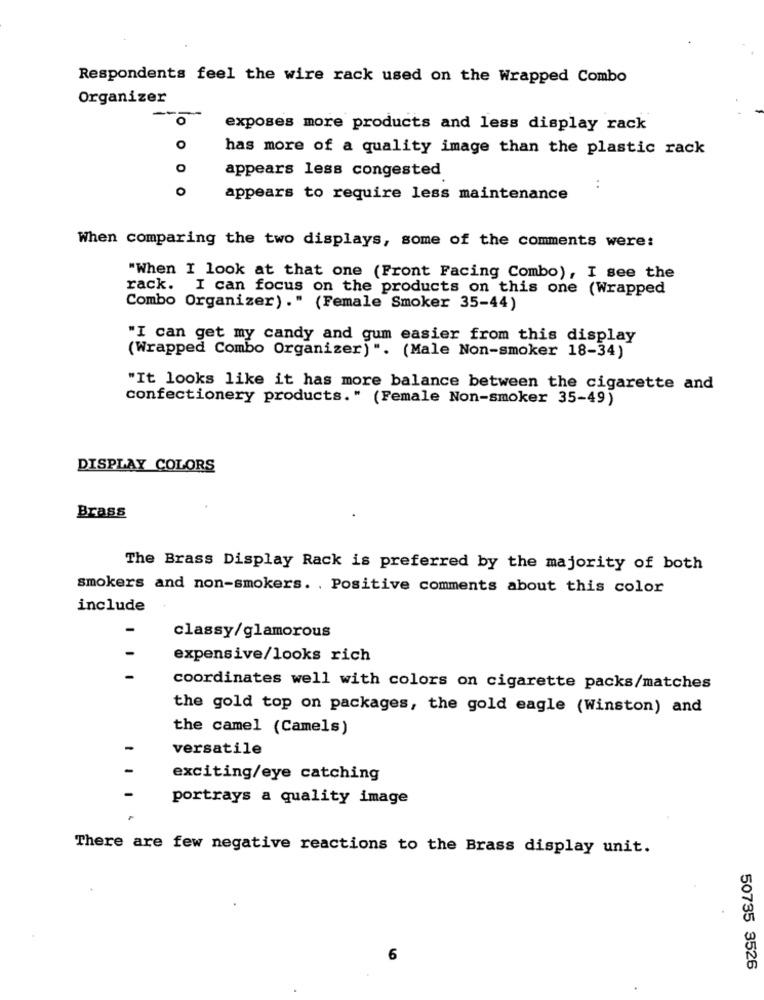
Respondents feel the wire rack used on the Wrapped Combo
Organizer
--
O
exposes more products and less display rack
O
has more of a quality image than the plastic rack
O
appears less congested
O
:
appears to require less maintenance
When comparing the two displays, some of the comments were:
"When I look at that one (Front Facing Combo), I see the
rack. I can focus on the products on this one (Wrapped
Combo Organizer)." (Female Smoker 35-44)
"I can get my candy and gum easier from this display
(Wrapped Combo Organizer) ". (Male Non-smoker 18-34)
"It looks like it has more balance between the cigarette and
confectionery products." (Female Non-smoker 35-49)
DISPLAY COLORS
Brass
The Brass Display Rack is preferred by the majority of both
smokers and non-smokers. . Positive comments about this color
include
classy/glamorous
expensive/looks rich
coordinates well with colors on cigarette packs/matches
the gold top on packages, the gold eagle (Winston) and
the camel (Camels)
versatile
exciting/eye catching
portrays a quality image
There are few negative reactions to the Brass display unit.
6
50735 3526